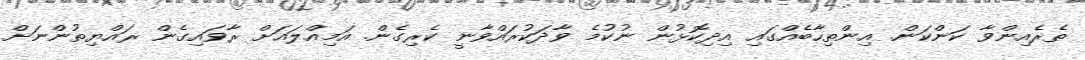
ތެރެއިންވާ ކަންކަން. އިންތިހާބެއްގައި އިދިކޮޅުން ނުކުމެ ވާދަކުރައްވާނީ ކެރިގެން. އަމިއްލައަށް ރާވައިގެން ރައްޔިތުންނަށް